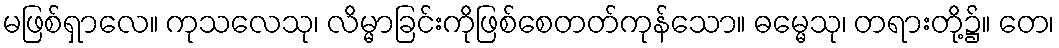
မဖြစ်ရှာလေ။ ကုသလေသု၊ လိမ္မာခြင်းကိုဖြစ်စေတတ်ကုန်သော။ ဓမ္မေသု၊ တရားတို့၌။ တေ၊